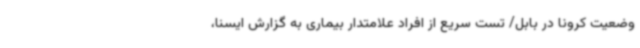
وضعیت کرونا در بابل/ تست سریع از افراد علامتدار بیماری به گزارش ایسنا،